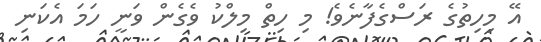
އޭ މިހިތުގެ ރަސްގެފާނެވެ! މި ހިތް މިލްކު ވެގެން ވަނީ ހަމަ އެކަނި